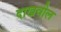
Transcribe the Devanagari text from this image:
दाखवील